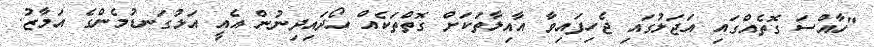
"ހާއްސަ ގޮތެއްގައި އަޖަލުގައި ޖެހިފައިވާ އާއިލާތަކަށް ގޮތްތަކެއް ހޯދައިދިނުން އެއީ އަޅުގަނޑުމެންގެ އަމާޒު.